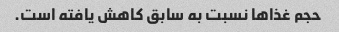
حجم غذاها نسبت به سابق کاهش یافته است.